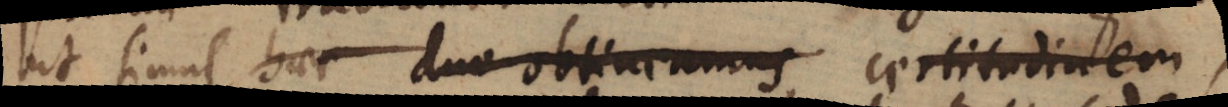
ut simul haec duo obtineamus certitudinem